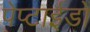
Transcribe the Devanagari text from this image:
पेप्टाईडों